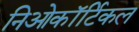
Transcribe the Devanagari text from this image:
निओकॉर्टिकल